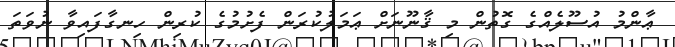
ޢާންމު އުސޫލެއްގެ ގޮތުން މި ޤާނޫނަށް ޢަމަލުކުރަން ފެށުމުގެ ކުރިން ހިނގާފައިވާ ނުވަތަ